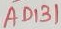
Text: AD131